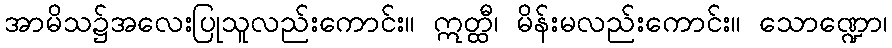
အာမိသ၌အလေးပြုသူလည်းကောင်း။ ဣတ္ထီ၊ မိန်းမလည်းကောင်း။ သောဏ္ဍော၊